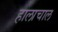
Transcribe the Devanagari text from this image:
हालाचाल